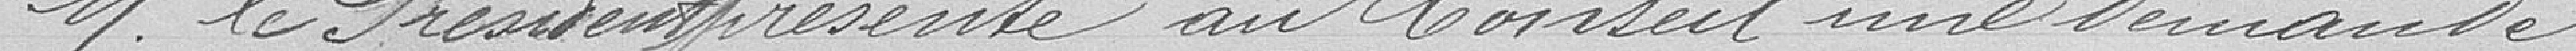
Monsieur le Président présente au Conseil une demande